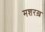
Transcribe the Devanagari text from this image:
मशरख़